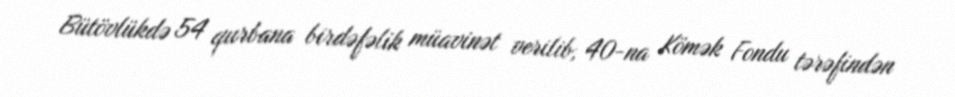
Bütövlükdə 54 qurbana birdəfəlik müavinət verilib, 40-na Kömək Fondu tərəfindən